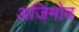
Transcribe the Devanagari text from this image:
अजिमोव